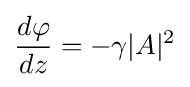
{\frac {d\varphi }{dz}}=-\gamma |A|^{2}